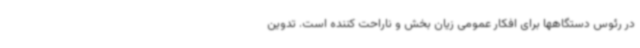
در رئوس دستگاهها برای افکار عمومی زیان بخش و ناراحت کننده است. تدوین